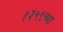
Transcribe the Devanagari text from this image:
१३५९च्या